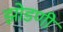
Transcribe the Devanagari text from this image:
झोडणी